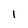
Character: I